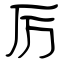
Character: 厉